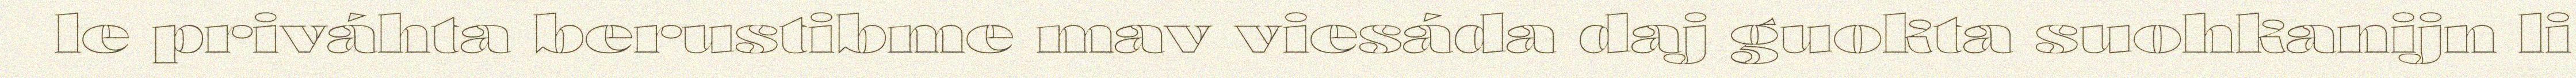
le priváhta berustibme mav viesáda daj guokta suohkanijn li